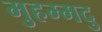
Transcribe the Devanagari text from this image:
मुहम्मदु